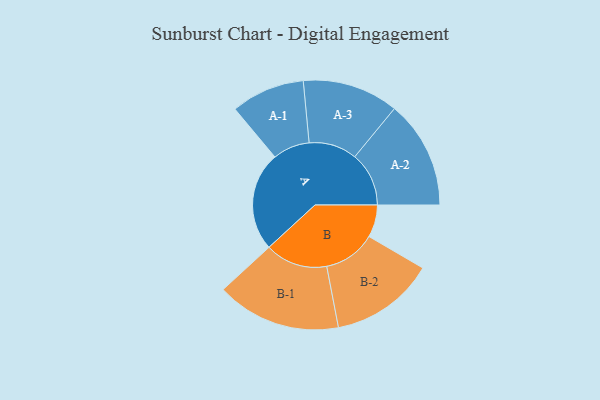
{"axis": {"x": "Segment", "y": "Value"}, "legend": ["", "A", "B"], "data": [{"x": "A", "y": 444, "type": ""}, {"x": "B", "y": 145, "type": ""}, {"x": "A-1", "y": 165, "type": "A"}, {"x": "A-2", "y": 242, "type": "A"}, {"x": "A-3", "y": 215, "type": "A"}, {"x": "B-1", "y": 279, "type": "B"}, {"x": "B-2", "y": 234, "type": "B"}]}